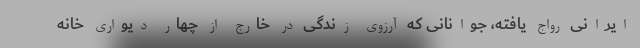
ایرانی رواج یافته، جوانانی که آرزوی زندگی در خارج از چهار دیواری خانه